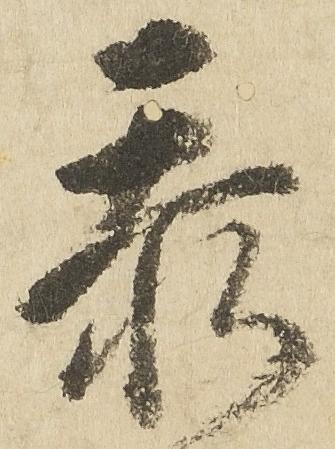
忝